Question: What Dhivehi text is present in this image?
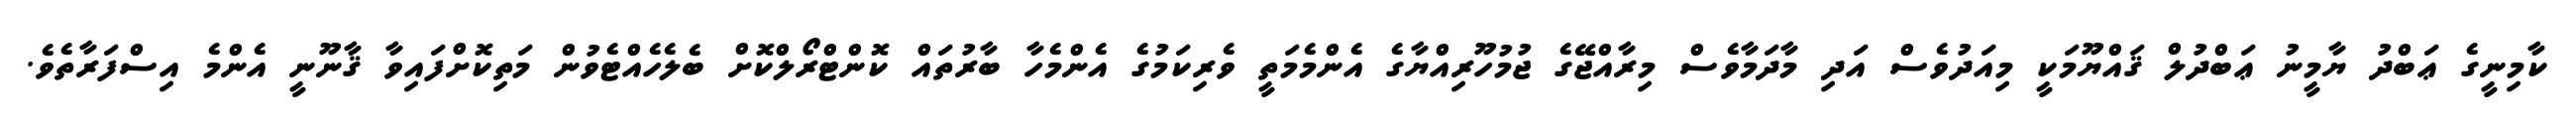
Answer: ކާމިނީގެ ޢަބްދު ޔާމީނު ޢަބްދުލް ޤައްޔޫމަކީ މިއަދުވެސް އަދި މާދަމާވެސް މިރާއްޖޭގެ ޖުމުހޫރިއްޔާގެ އެންމެމަތީ ވެރިކަމުގެ އެންމެހާ ބާރުތައް ކޮންޓްރޯލްކޮށް ބެލެހެއްޓެވުން މަތިކޮށްފައިވާ ޤާނޫނީ އެންމެ އިސްފަރާތެވެ.